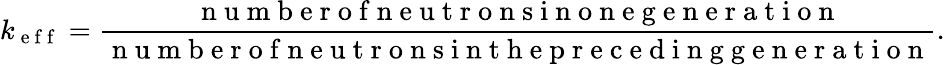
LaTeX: k_{\mathrm{~e~f~f~}}=\frac{\mathrm{~n~u~m~b~e~r~o~f~n~e~u~t~r~o~n~s~i~n~o~n~e~g~e~n~e~r~a~t~i~o~n~}}{\mathrm{~n~u~m~b~e~r~o~f~n~e~u~t~r~o~n~s~i~n~t~h~e~p~r~e~c~e~d~i~n~g~g~e~n~e~r~a~t~i~o~n~}}.